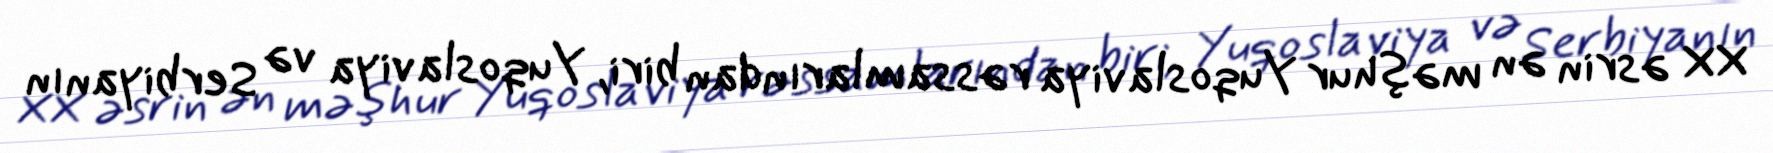
XX əsrin ən məşhur Yuqoslaviya rəssamlarından biri, Yuqoslaviya və Serbiyanın